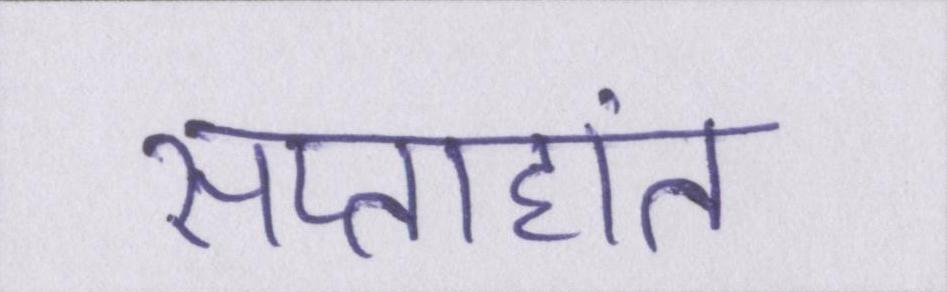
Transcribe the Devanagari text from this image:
सप्ताहांत